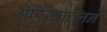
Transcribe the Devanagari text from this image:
ॲरिस्टाटलने